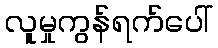
လူမှုကွန်ရက်ပေါ်